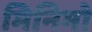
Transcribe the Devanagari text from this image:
मिनिमो